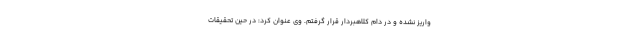
واریز نشده و در دام کلاهبردار قرار گرفتم. وی عنوان کرد: در حین تحقیقات